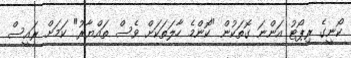
ކޯނީގެ ރިޕޯޓު އަންނަ ގޮތަކުން "ކޮންމެ ހާލަތަކަށް ވެސް ތައްޔާރު" ކަމަށް ރައީސް